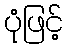
ပုံဖြင့်